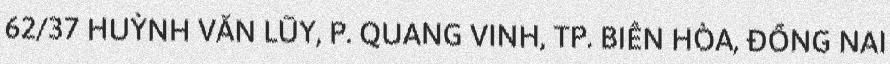
62/37 HUỲNH VĂN LŨY, P. QUANG VINH, TP. BIÊN HÒA, ĐỒNG NAI